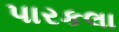
પારકલા